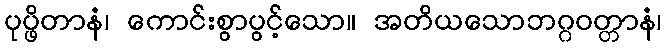
ပုပ္ဖိတာနံ၊ ကောင်းစွာပွင့်သော။ အတိယသောဘဂ္ဂဝတ္တာနံ၊